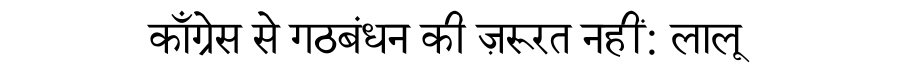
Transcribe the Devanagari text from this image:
काँग्रेस से गठबंधन की ज़रूरत नहीं: लालू